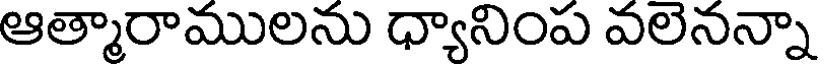
ఆత్మారాములను ధ్యానింప వలెనన్నా